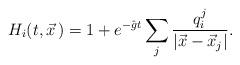
LaTeX: \begin{align*}H_i(t,\vec x\,) = 1 + e^{-\hat{g}t}\sum_j{\frac{q_i^j}{|\vec x-\vec x_j|}}.\end{align*}